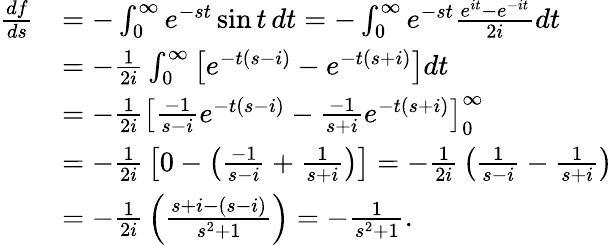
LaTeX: {\begin{array}{rl}{{\frac{df}{ds}}}&{=-\int_{0}^{\infty}e^{-st}\sin t\, dt=-\int_{0}^{\infty}e^{-st}{\frac{e^{it}-e^{-it}}{2i}}dt}\\ &{=-{\frac{1}{2i}}\int_{0}^{\infty}\left[e^{-t(s-i)}-e^{-t(s+i)}\right]dt}\\ &{=-{\frac{1}{2i}}\left[{\frac{-1}{s-i}}e^{-t(s-i)}-{\frac{-1}{s+i}}e^{-t(s+i)}\right]_{0}^{\infty}}\\ &{=-{\frac{1}{2i}}\left[0-\left({\frac{-1}{s-i}}+{\frac{1}{s+i}}\right)\right]=-{\frac{1}{2i}}\left({\frac{1}{s-i}}-{\frac{1}{s+i}}\right)}\\ &{=-{\frac{1}{2i}}\left({\frac{s+i-(s-i)}{s^{2}+1}}\right)=-{\frac{1}{s^{2}+1}}.}\end{array}}